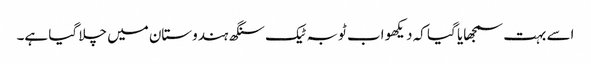
اسے بہت سمجھایا گیا کہ دیکھو اب ٹوبہ ٹیک سنگھ ہندوستان میں چلا گیا ہے۔